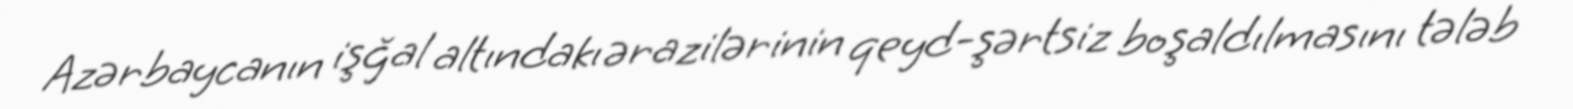
Azərbaycanın işğal altındakı ərazilərinin qeyd-şərtsiz boşaldılmasını tələb